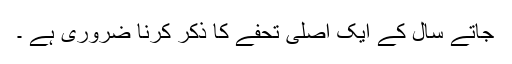
جاتے سال کے ایک اصلی تحفے کا ذکر کرنا ضروری ہے ۔